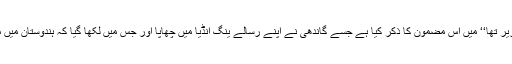
حسن ریاض نے اپنی کتاب ’’پاکستان ناگزیر تھا‘‘ میں اس مضمون کا ذکر کیا ہے جسے گاندھی نے اپنے رسالے ینگ انڈیا میں چھاپا اور جس میں لکھا گیا کہ ہندوستان میں مسلمانوں سے نپٹنے کے تین طریقے ہیں۔